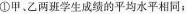
① 甲、乙两班学生成绩的平均水平相同；